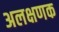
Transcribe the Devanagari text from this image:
अलक्षणक